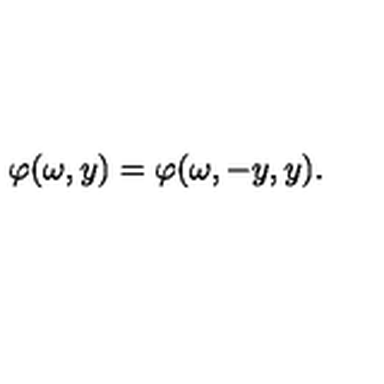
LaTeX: \varphi ( \omega , y ) = \varphi ( \omega , - y , y ) .